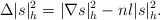
LaTeX: \begin{align*}\Delta |s|_h^2=|\nabla s|_h^2-nl|s|_h^2.\end{align*}